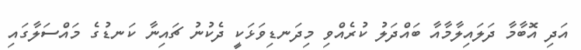
އަދި އޮބާމާ ދަލައިލާމާއާ ބައްދަލު ކުރެއްވި މިދަނޑިވަޅަކީ ދެކުނު ޗައިނާ ކަނޑުގެ މައްސަލާގައި